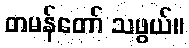
တမန်တော် သဖွယ်။